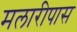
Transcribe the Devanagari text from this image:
मलारीपास